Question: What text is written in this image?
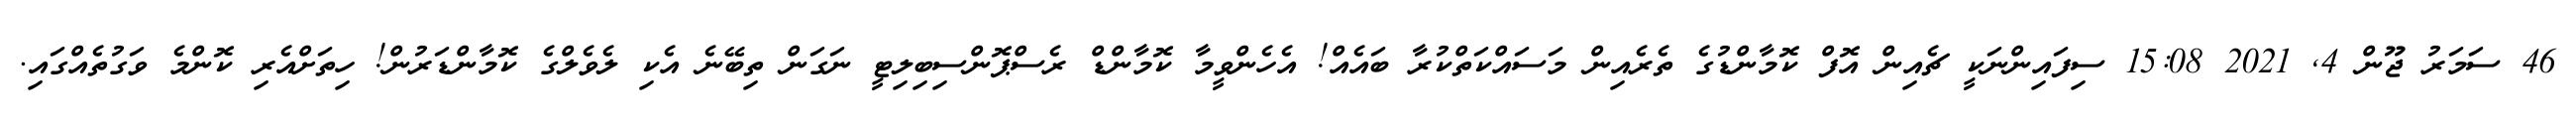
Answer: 46 ސަމަރު ޖޫން 4, 2021 15:08 ސިފައިންނަކީ ޗެއިން އޮފް ކޮމާންޑުގެ ތެރެއިން މަސައްކަތްކުރާ ބައެއް! އެހެންވީމާ ކޮމާންޑް ރެސްޕޮންސިބިލިޓީ ނަގަން ތިބޭނެ އެކި ލެވެލްގެ ކޮމާންޑަރުން! ހިތަށްއެރި ކޮންމެ ވަގުތެއްގައި.